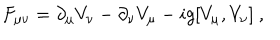
F _ { \mu \nu } = \partial _ { \mu } V _ { \nu } - \partial _ { \nu } V _ { \mu } - i g [ V _ { \mu } , V _ { \nu } ] \ ,